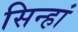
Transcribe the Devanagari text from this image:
सिन्हां